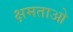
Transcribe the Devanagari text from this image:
क्षमताओ